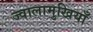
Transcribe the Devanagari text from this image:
ज्वालामुखियाँ